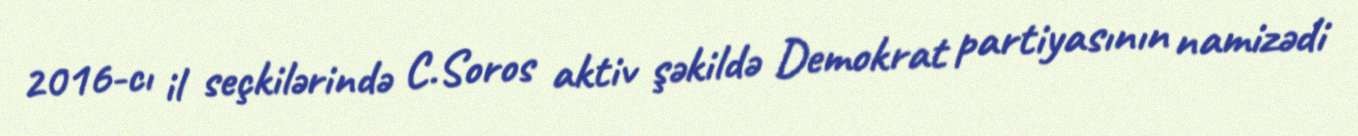
2016-cı il seçkilərində C.Soros aktiv şəkildə Demokrat partiyasının namizədi